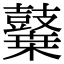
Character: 𪔬